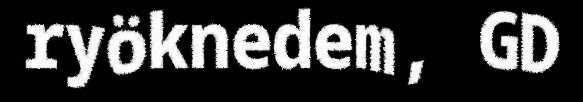
ryöknedem, GD